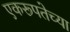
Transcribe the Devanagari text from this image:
एकरूपतेच्या